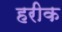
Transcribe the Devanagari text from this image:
हरीक